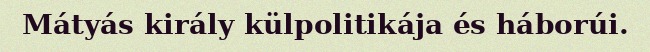
Mátyás király külpolitikája és háborúi.